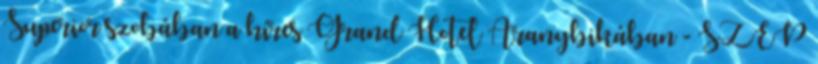
Superior szobában a híres Grand Hotel Aranybikában - SZÉP